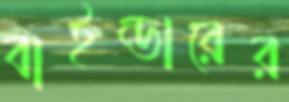
বাইন্ডারের